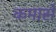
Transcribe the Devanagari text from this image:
कमासे